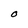
Character: O